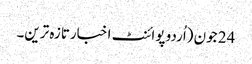
24 جون (اُردو پوائنٹ اخبارتازہ ترین۔